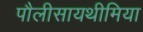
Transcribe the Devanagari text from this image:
पौलीसायथीमिया